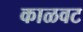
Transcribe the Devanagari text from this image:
काळवट